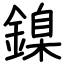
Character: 鎳